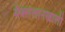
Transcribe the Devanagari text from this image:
मॅक्लेलानखाली